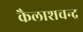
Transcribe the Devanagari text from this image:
कैलाशचन्द्र